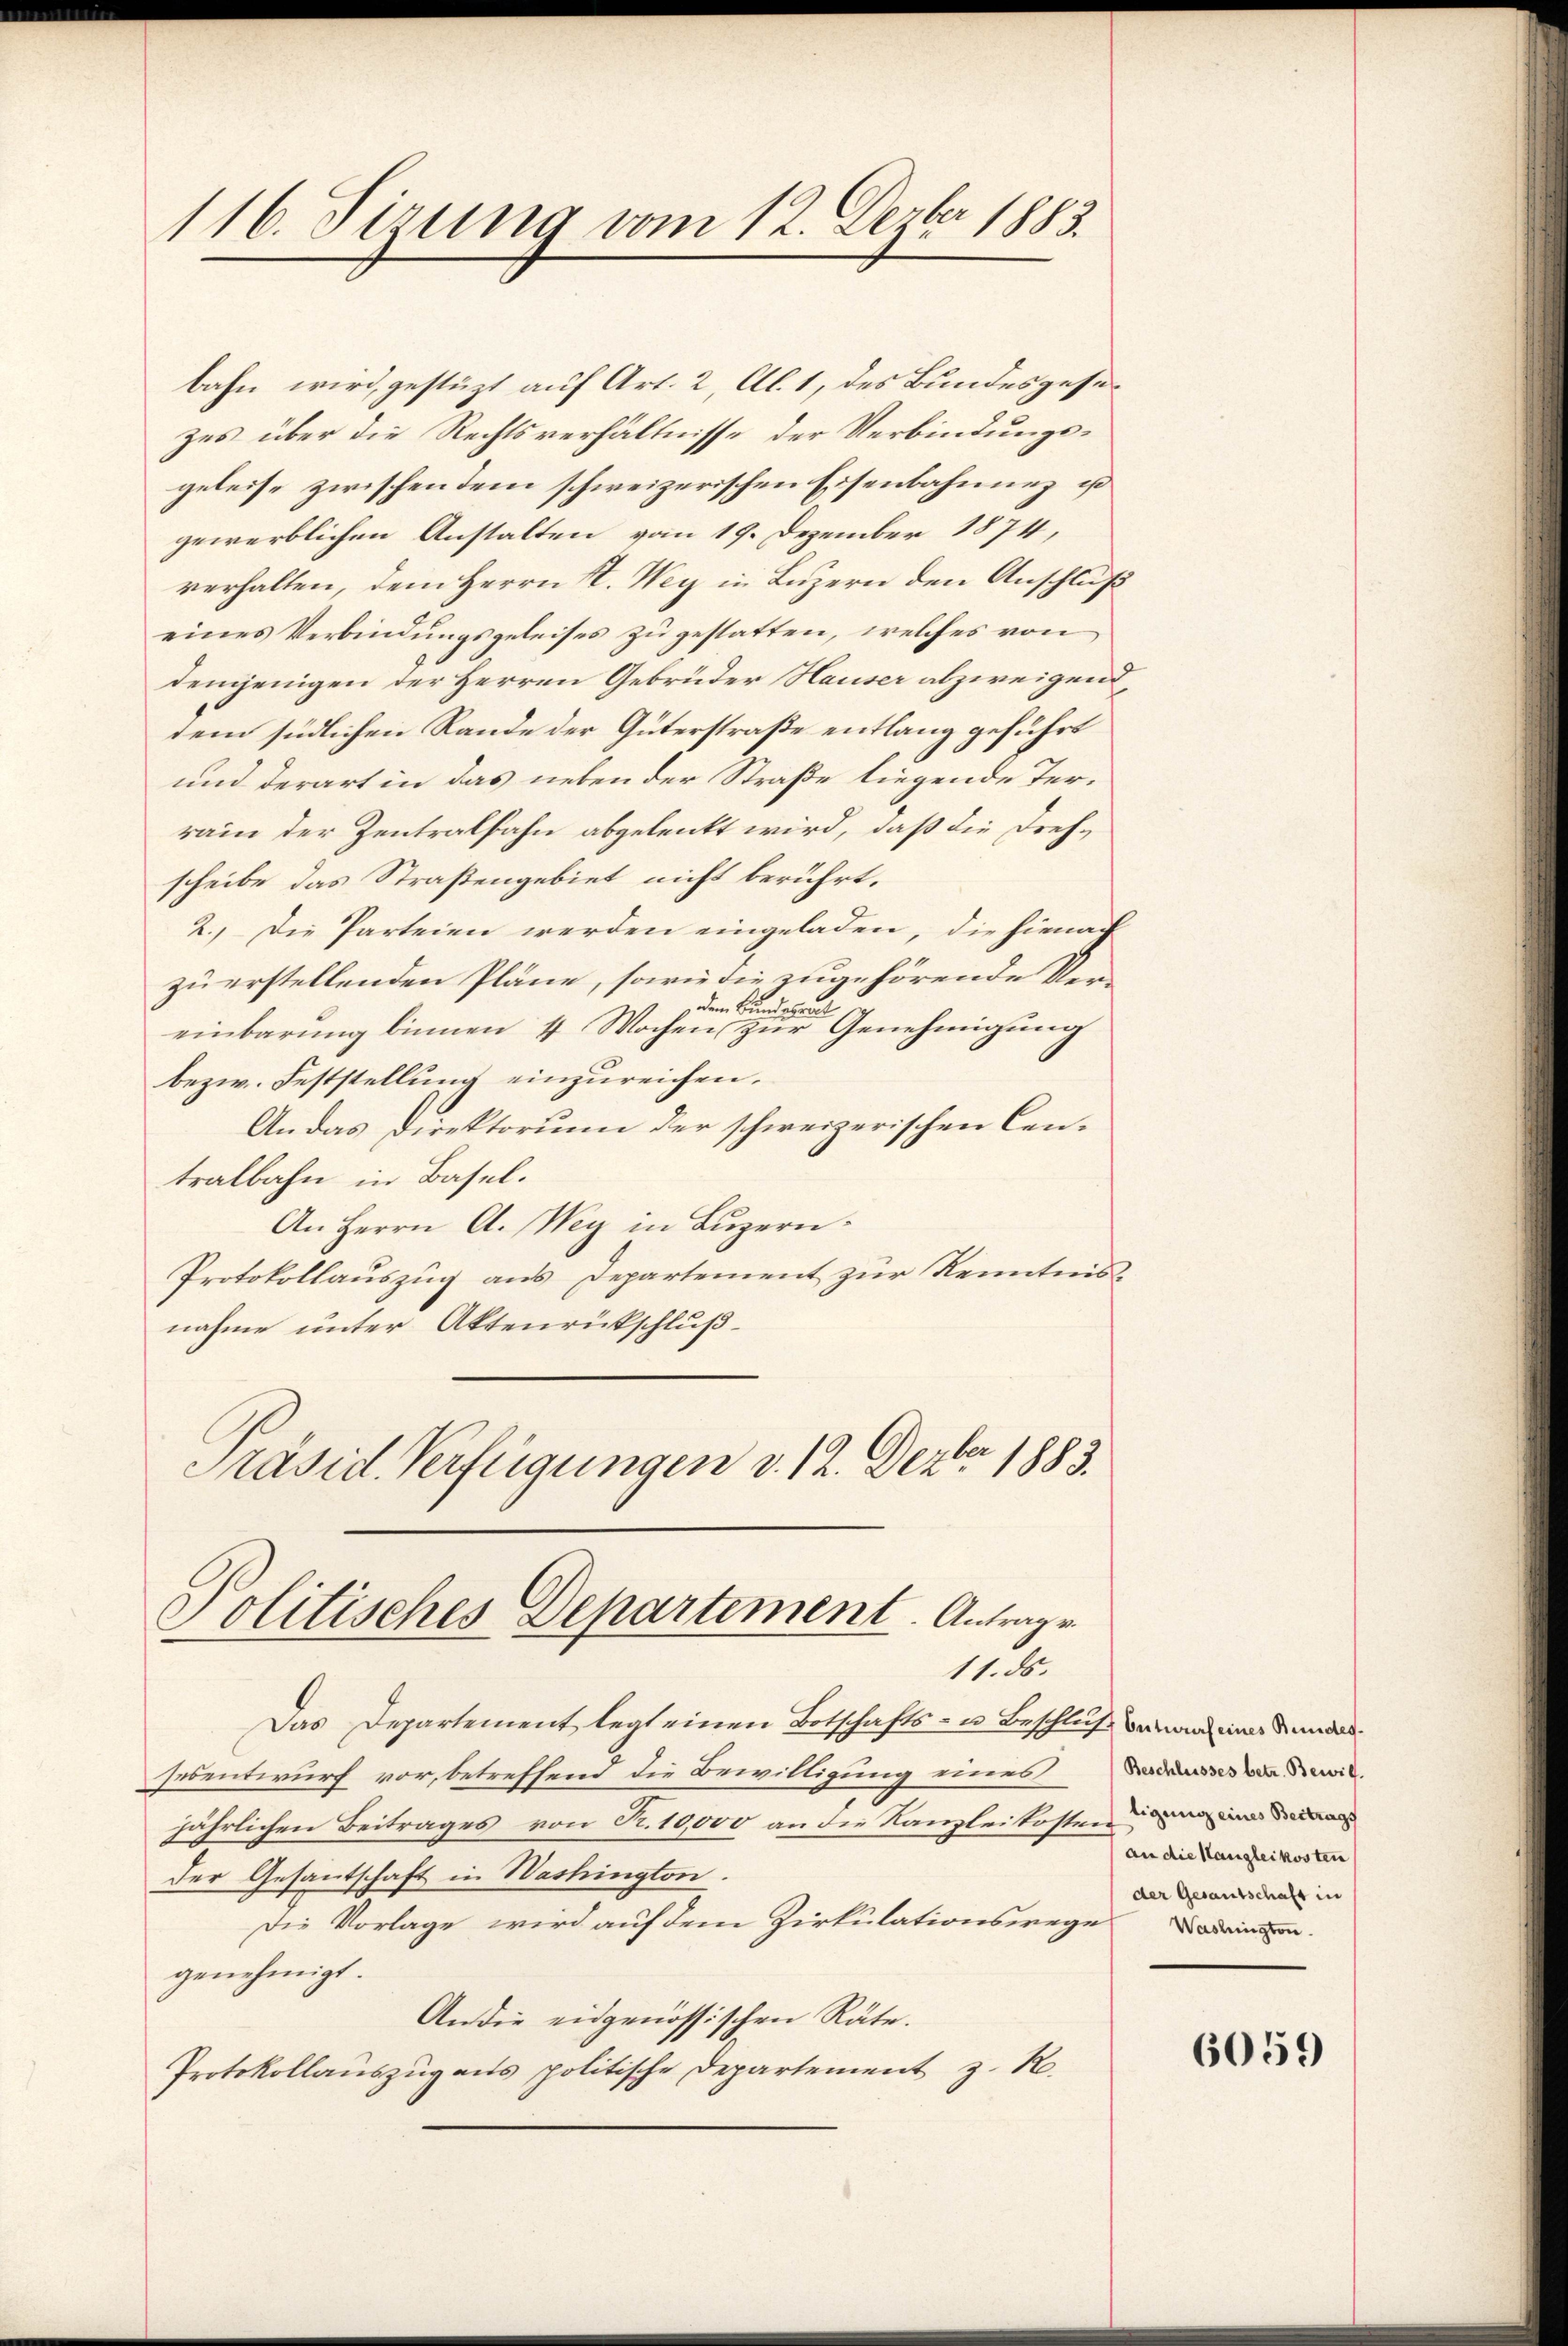
116. Sirung vom 12. Dezbr 1883.

bahn wird, gestützt auf Art. 2 Al. 1, des Bundesgesezes über die Rechtsverhältnisse der Verbindungsgeleise zwischen dem schweizerischen Eisenbahnung ist
gewerblichen Anstalten vom 19. Dezember 1874,
verhalten, dem Herrn St. Weg in Luzern den Anschluß
eines Verbindungsgeleises zu gestatten, welches von
demjenigen der Herren Gebrüder Hauser abzweigend
dem südlichen Rande der Güterstraße entlang geführt
und derart in das neben der Straße liegende Terrain der Zentralbahn abgelenkt wird, daß die Drehscheibe das Straßengebiet nicht berührt.
2. Die Parteien werden eingeladen, die hienach
zu erstellenden Pläne, sowie die zugehörende Verdem Bundesra
einbarung binnen 4 Wochen zur Genehmigung
bezw. Feststellung einzureichen.
An das Direktorium der schweizerischen Centralbahn in Basel.
An Herrn A. Wey in Luzern.
Protokollauszug aus Departement zur Kenntnisnahme unter Aktenrückschluß-
Präsid. Verfügungen d. 12. Dezbr 1883.

Politisches Departement. Antrage
11. ds.

Das Departement legt einen Botschafts- u Beschluß
sesentwurf vor, betreffend die Bewilligung eines
jährlichen Beitrages von R. 10,000 an die Kanzlei kosten
der Gesantschaft in Washington.
Die Vorlage wird auf dem Zirkulationswege
genehmigt.
An die eidgenössischen Räte.
Protokollanszŭg ans politische Departement z. R.

Entwurf eines Bundes¬
Beschlusses betr. Bewill.
ligung eines Beitrags
an die Hangleikosten
der Gesantschaft in
Washington.

6059